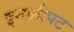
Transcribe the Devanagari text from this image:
इन्स्क्रीपट